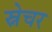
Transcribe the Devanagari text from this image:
स्नेचर